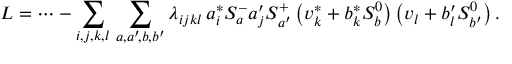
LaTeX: { \cal L } = \cdots - \sum _ { i , j , k , l } \, \sum _ { a , a ^ { \prime } \! , b , b ^ { \prime } } \lambda _ { i j k l } \, a _ { i } ^ { * } S _ { a } ^ { - } a _ { j } ^ { \prime } S _ { a ^ { \prime } } ^ { + } \left( v _ { k } ^ { * } + b _ { k } ^ { * } S _ { b } ^ { 0 } \right) \left( v _ { l } + b _ { l } ^ { \prime } S _ { b ^ { \prime } } ^ { 0 } \right) .